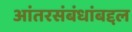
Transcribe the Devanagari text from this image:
आंतरसंबंधांबद्दल